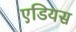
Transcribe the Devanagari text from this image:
एडियस